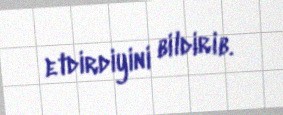
etdirdiyini bildirib.